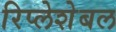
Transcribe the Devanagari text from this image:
रिप्लेशेबल